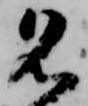
名